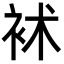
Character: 䘤